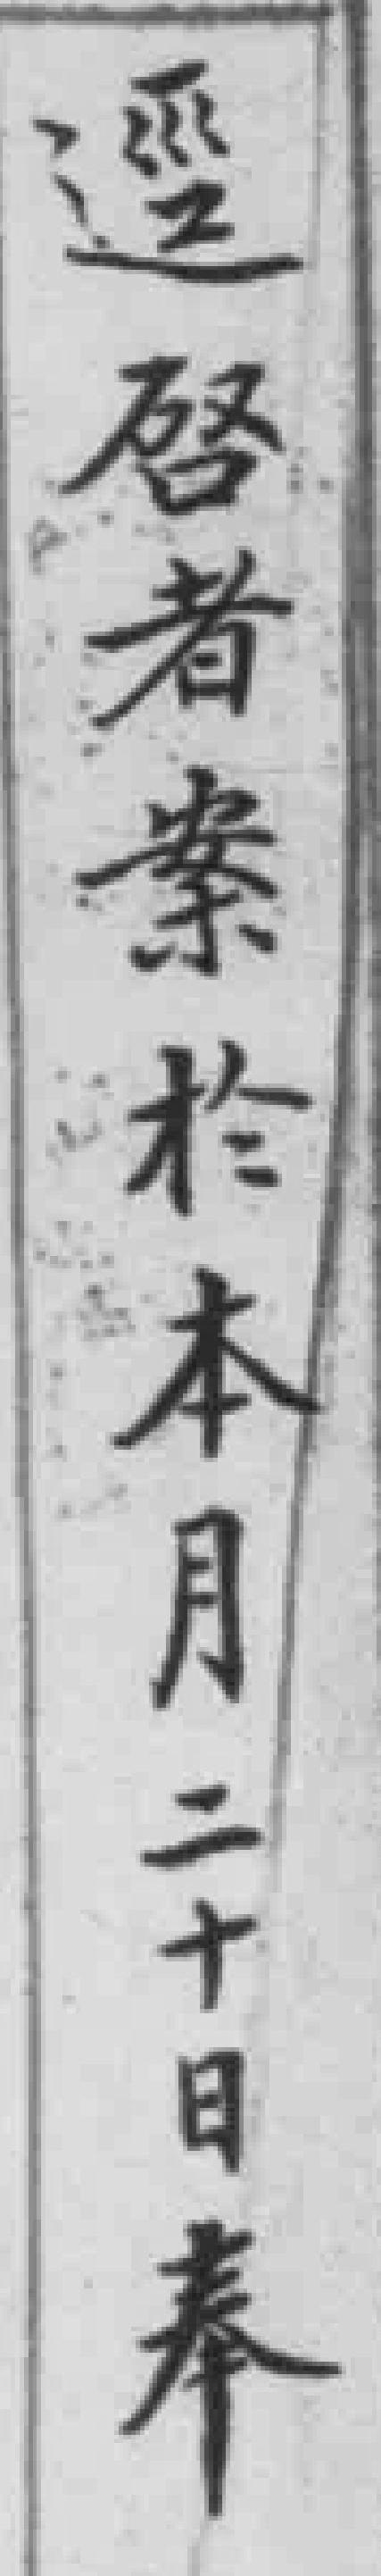
逕唘者案於本月二十日奉